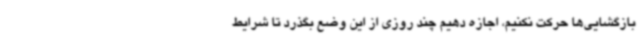
بازگشایی‌ها حرکت نکنیم، اجازه دهیم چند روزی از این وضع بگذرد تا شرایط